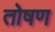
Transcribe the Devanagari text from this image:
तोषण